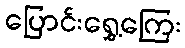
ပြောင်းရွှေ့ကြေး